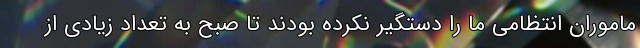
ماموران انتظامی ما را دستگیر نکرده بودند تا صبح به تعداد زیادی از